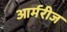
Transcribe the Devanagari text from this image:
आर्मरीज